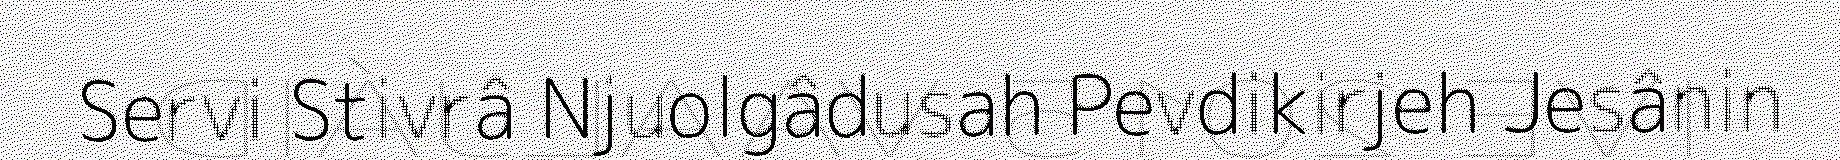
Servi Stivrâ Njuolgâdusah Pevdikirjeh Jesânin